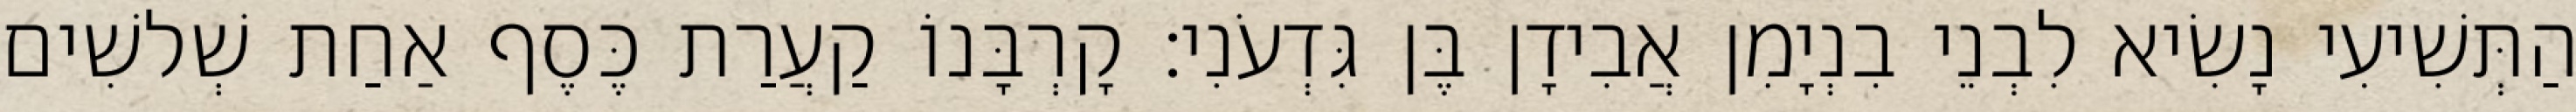
הַתְּשִׁיעִי נָשִׂיא לִבְנֵי בִנְיָמִן אֲבִידָן בֶּן גִּדְעֹנִי׃ קָרְבָּנוֹ קַעֲרַת כֶּסֶף אַחַת שְׁלשִׁים